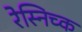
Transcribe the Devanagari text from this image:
रेस्निच्क